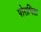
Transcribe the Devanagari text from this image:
पोराभिता